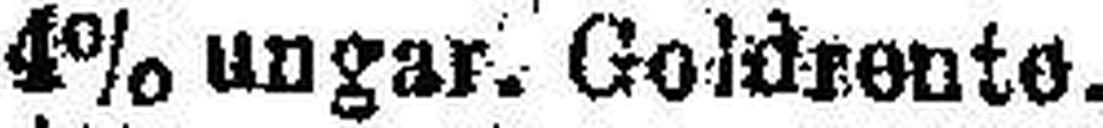
4% ungar. Goldrente.